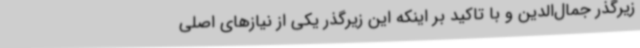
زیرگذر جمال‌الدین و با تاکید بر اینکه این زیرگذر یکی از نیازهای اصلی